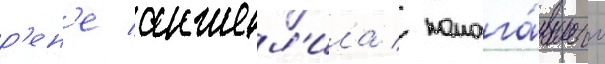
р'ен'е анжел'ила / помога́вшего